Burma Government Medical School reports 1923-41
Year: 1923
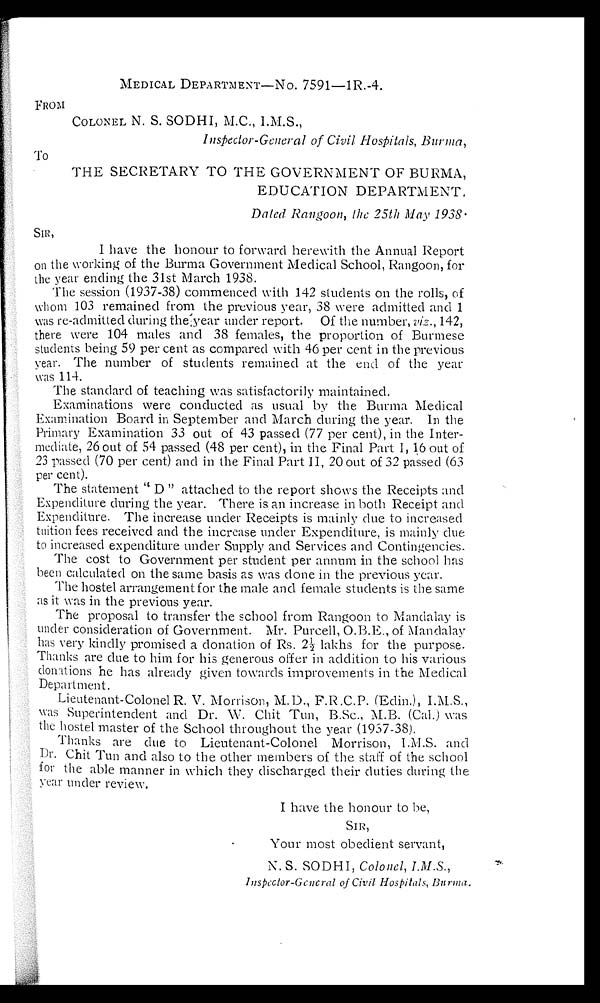
MEDICAL DEPARTMENT—NO. 7591—1R.-4.
FROM
COLONEL N. S. SODHI, M.C., I.M.S.,
Inspector-General of Civil Hospitals, Burma,
To
THE SECRETARY TO THE GOVERNMENT OF BURMA,
EDUCATION DEPARTMENT.
Dated Rangoon, the 25th May 1938.
SIR,
I have the honour to forward herewith the Annual Report
on the working of the Burma Government Medical School, Rangoon, for
the year ending the 31st March 1938.
The session (1937-38) commenced with 142 students on the rolls, of
whom 103 remained from the previous year, 38 were admitted and 1
was re-admitted during the year under report. Of the number, viz.,1 4 2 ,
there were 104 males and 38 females, the proportion of Burmese
students being 59 per cent as compared with 46 per cent in the previous
year. The number of students remained at the end of the year
was 114.
The standard of teaching was satisfactorily maintained.
Examinations were conducted as usual by the Burma Medical
Examination Board in September and March during the year. In the
Primary Examination 33 out of 43 passed (77 per cent), in the Inter-
mediate, 26 out of 54 passed (48 per cent), in the Final Part I, 16 out of
23 passed (70 per cent) and in the Final Part II, 20 out of 32 passed (63
per cent).
The statement " D " attached to the report shows the Receipts and
Expenditure during the year. There is an increase in both Receipt and
Expenditure. The increase under Receipts is mainly due to increased
tuition fees received and the increase under Expenditure, is mainly due
to increased expenditure under Supply and Services and Contingencies.
The cost to Government per student per annum in the school has
been calculated on the same basis as was done in the previous year.
The hostel arrangement for the male and female students is the same
as it was in the previous year.
The proposal to transfer the school from Rangoon to Mandalay is
under consideration of Government. Mr. Purcell, O.B.E., of Mandalay
has very kindly promised a donation of Rs. 2½ lakhs for the purpose.
Thanks are due to him for his generous offer in addition to his various
donations he has already given towards improvements in the Medical
Department.
Lieutenant-Colonel R. V. Morrison, M.D., F.R.C.P. (Edin.), I.M.S.,
was Superintendent and Dr. W. Chit Tun, B.Sc., M.B. (Cal.) was
the hostel master of the School throughout the year (1937-38).
Thanks are due to Lieutenant-Colonel Morrison, I.M.S. and
Dr. Chit Tun and also to the other members of the staff of the school
for the able manner in which they discharged their duties during the
year under review.
I have the honour to be,
SIR,
Your most obedient servant,
N. S. SODHI, Colonel, I.M.S.,